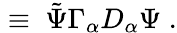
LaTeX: \; \equiv\; {\tilde{\Psi}}\Gamma_{\alpha}D_{\alpha}\Psi\; .